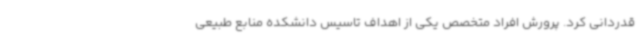
قدردانی کرد. پرورش افراد متخصص یکی از اهداف تاسیس دانشکده منابع طبیعی